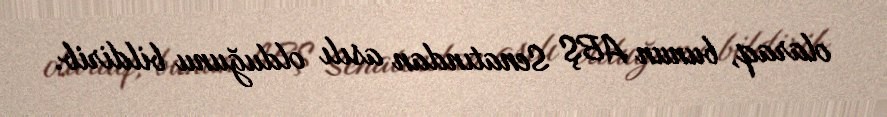
olaraq, bunun ABŞ Senatından asılı olduğunu bildirib.